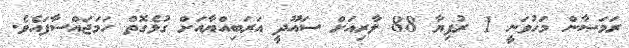
ރަމަޟާން މަހުވަނީ 1 ރުފިޔާ 88 ލާރިއަށް ސައޫދީ އަރަބިއްޔާއަށް ގުޅެގޮތް ހަމަޖައްސާފައެވެ.